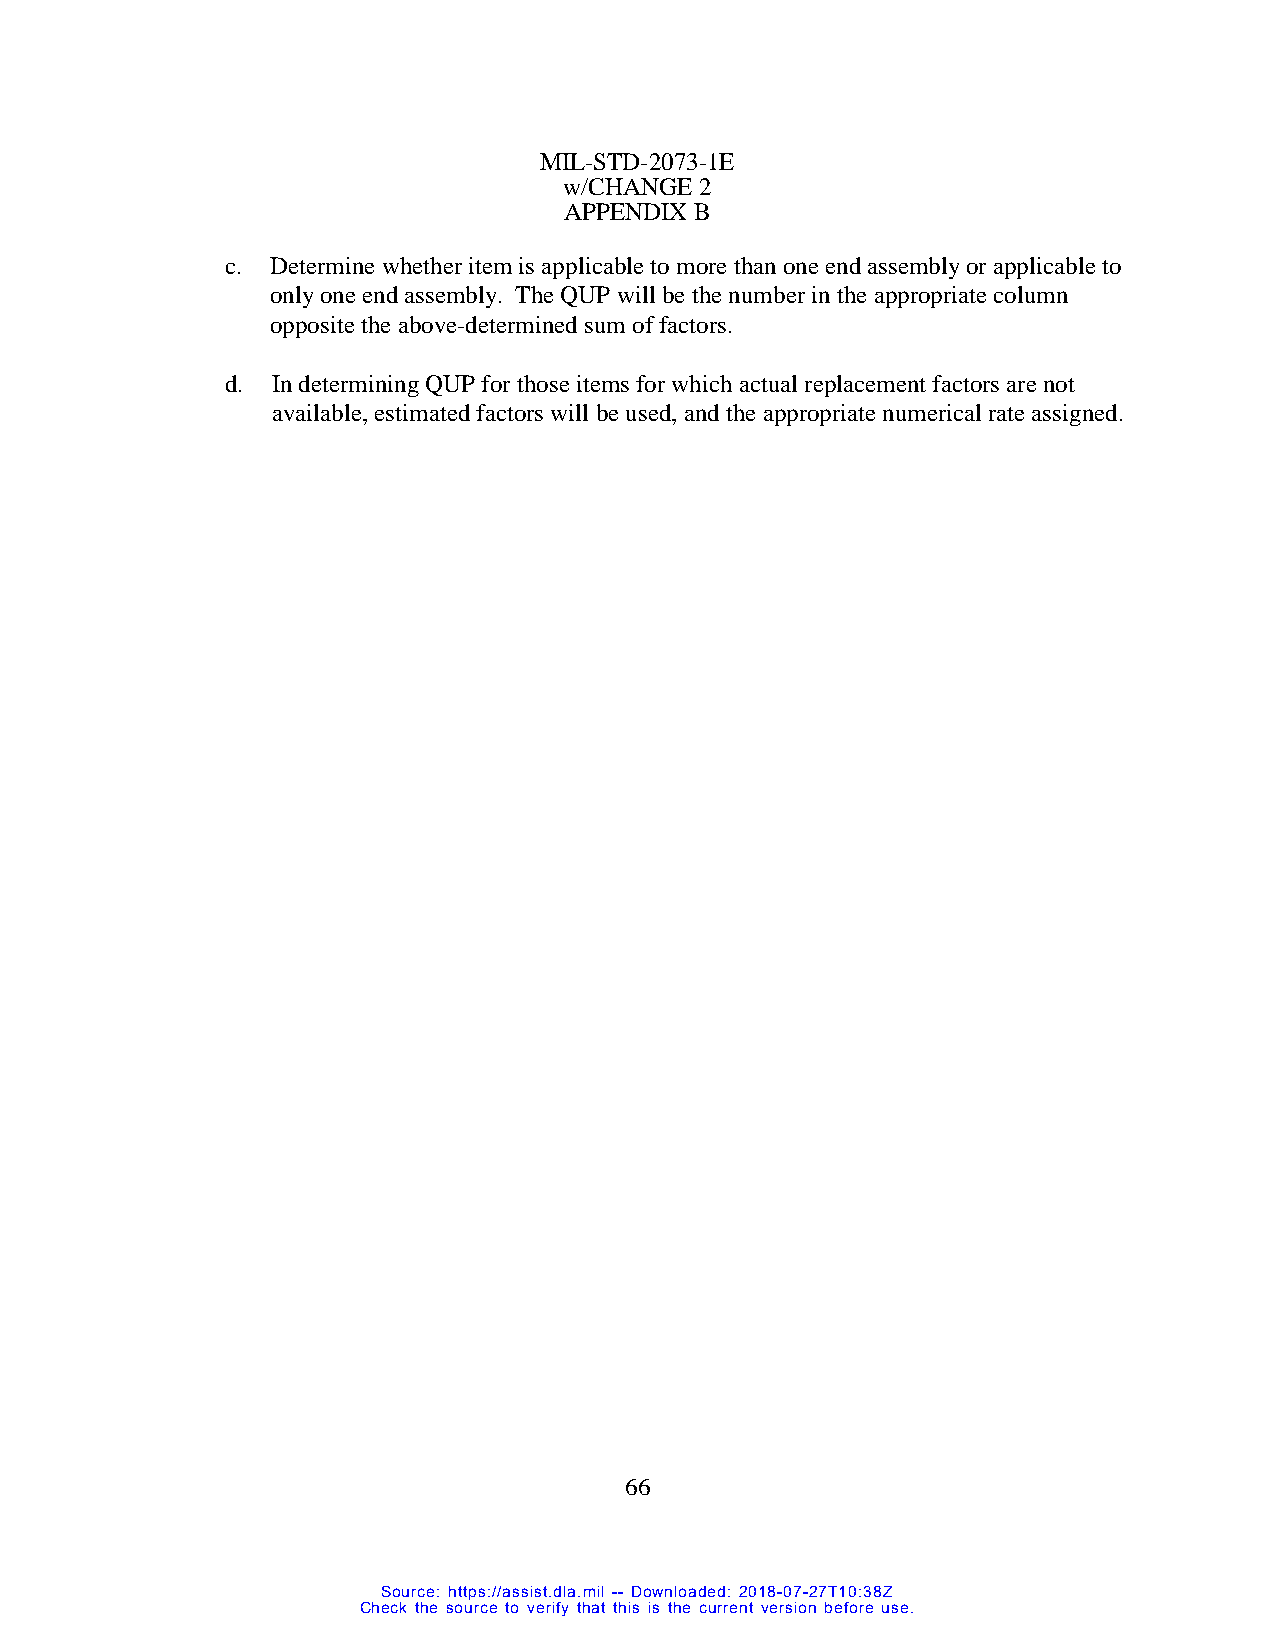
MIL-STD-2073-1E
 w/CHANGE 2
 APPENDIX B
 c. Determine whether item is applicable to more than one end assembly or applicable to
 only one end assembly. The QUP will be the number in the appropriate column
 opposite the above-determined sum of factors.
 d. In determining QUP for those items for which actual replacement factors are not
 available, estimated factors will be used, and the appropriate numerical rate assigned.
 66
 Source: https://assist.dla.mil -- Downloaded: 2018-07-27T10:38Z
 Check the source to verify that this is the current version before use.